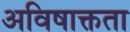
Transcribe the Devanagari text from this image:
अविषाक्तता